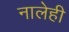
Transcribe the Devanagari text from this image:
नालेही